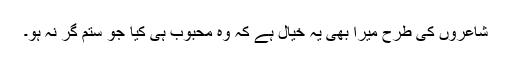
شاعروں کی طرح میرا بھی یہ خیال ہے کہ وہ محبوب ہی کیا جو ستم گر نہ ہو۔